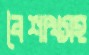
বৈশাখসহ